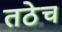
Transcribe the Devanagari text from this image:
तठेच